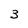
Character: 3